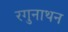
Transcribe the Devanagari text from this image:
रगुनाथन